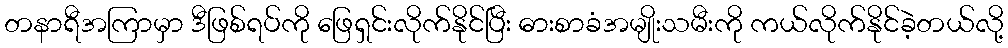
တနာရီအကြာမှာ ဒီဖြစ်ရပ်ကို ဖြေရှင်းလိုက်နိုင်ပြီး ဓားစာခံအမျိုးသမီးကို ကယ်လိုက်နိုင်ခဲ့တယ်လို့